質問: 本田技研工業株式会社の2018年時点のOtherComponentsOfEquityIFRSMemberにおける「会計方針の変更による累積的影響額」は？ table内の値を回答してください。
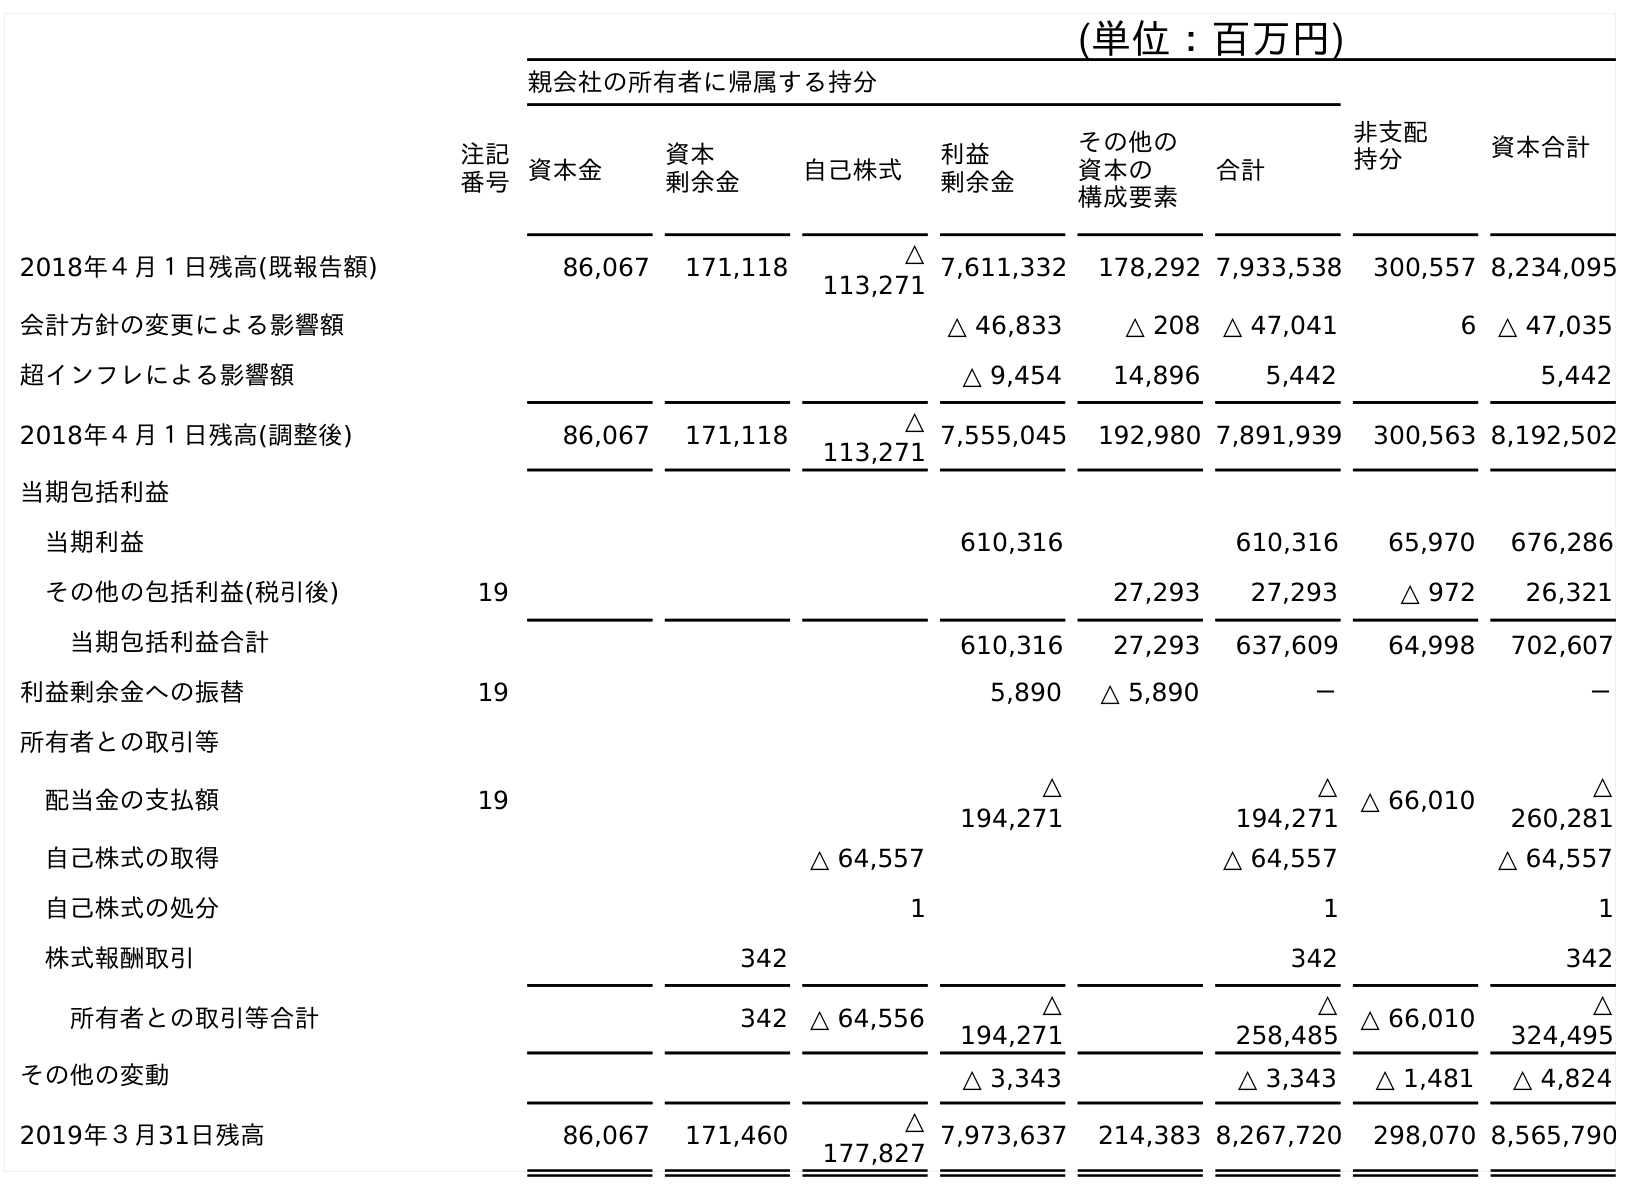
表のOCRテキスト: (単位：百万円) 親会社の所有者に帰属する持分 非支配 持分 資本合計 注記 番号資本金 資本 剰余金 自己株式 利益 剰余金 その他の 資本の 構成要素 合計 2018年４月１日残高(既報告額) 86,067 171,118 △ 113,271 7,611,332 178,292 7,933,538 300,557 8,234,095 会計方針の変更による影響額 △ 46,833 △ 208 △ 47,041 6 △ 47,035 超インフレによる影響額 △ 9,454 14,896 5,442 5,442 2018年４月１日残高(調整後) 86,067 171,118 △ 113,271 7,555,045 192,980 7,891,939 300,563 8,192,502 当期包括利益 当期利益 610,316 610,316 65,970 676,286 その他の包括利益(税引後) 19 27,293 27,293 △ 972 26,321 当期包括利益合計 610,316 27,293 637,609 64,998 702,607 利益剰余金への振替 19 5,890 △ 5,890 － － 所有者との取引等 配当金の支払額 19 △ 194,271 △ 194,271 △ 66,010 △ 260,281 自己株式の取得 △ 64,557 △ 64,557 △ 64,557 自己株式の処分 1 1 1 株式報酬取引 342 342 342 所有者との取引等合計 342 △ 64,556 △ 194,271 △ 258,485 △ 66,010 △ 324,495 その他の変動 △ 3,343 △ 3,343 △ 1,481 △ 4,824 2019年３月31日残高 86,067 171,460 △ 177,827 7,973,637 214,383 8,267,720 298,070 8,565,790
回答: △208